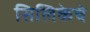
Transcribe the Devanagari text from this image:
सिलिकेचे